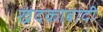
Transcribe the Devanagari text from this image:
खंदकाबादी